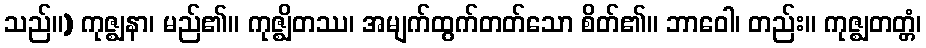
သည်။) ကုဇ္ဈနာ၊ မည်၏။ ကုဇ္ဈိတဿ၊ အမျက်ထွက်တတ်သော စိတ်၏။ ဘာဝေါ၊ တည်း။ ကုဇ္ဈတတ္တံ၊